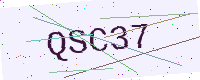
Text: QSC37